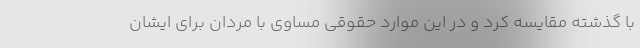
با گذشته مقایسه کرد و در این موارد حقوقی مساوی با مردان برای ایشان